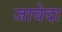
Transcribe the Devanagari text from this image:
जावेदा